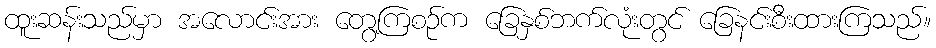
ထူးဆန်းသည်မှာ အလောင်းအား တွေ့ကြစဉ်က ခြေနှစ်ဘက်လုံးတွင် ခြေနင်းစီးထားကြသည်။